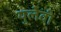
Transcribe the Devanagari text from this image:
युलेवी